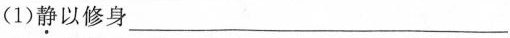
(1)\underline{静}以修身___